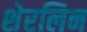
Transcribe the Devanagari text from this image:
शेरलिन